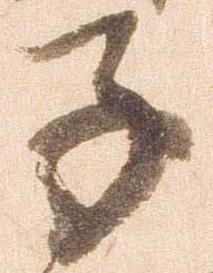
子